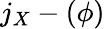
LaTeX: j_{X}-(\phi)